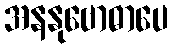
အနနုဗောဓာပေ